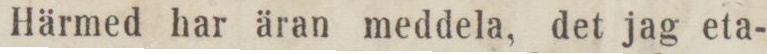
Härmed har äran meddela, det jag eta-